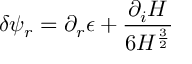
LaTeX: \delta \psi _ { r } = \partial _ { r } \epsilon + { \frac { \partial _ { i } H } { 6 H ^ { \frac { 3 } { 2 } } } }